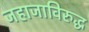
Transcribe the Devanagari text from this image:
जहाजाविरुद्ध